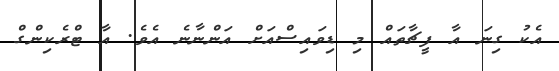
އެކު ގިނަ އާ ފީޗާތައް މި ޑިވައިސްއަށް އަންނާނެ އެވެ. އާ ޓްރެކިންގް